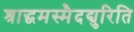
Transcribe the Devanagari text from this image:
श्राद्धमस्मैदद्युरिति